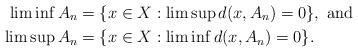
LaTeX: \begin{align*} \lim \inf A_{n} & = \{ x \in X: \lim \sup d(x,A_{n}) = 0 \}, \textrm{~and~} \\ \lim\sup A_{n} & = \{x \in X: \lim \inf d(x,A_{n})=0 \}.\end{align*}